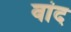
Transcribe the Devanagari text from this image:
वांद